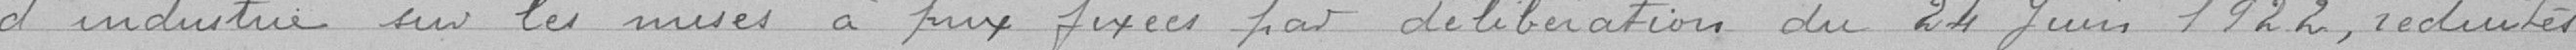
d'industrie sur les mise à prix fixées par délibération du 24 juin 1922, réduites